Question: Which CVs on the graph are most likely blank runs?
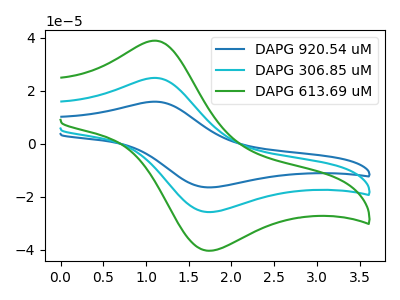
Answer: <think>The blue curve "DAPG 920.54 uM" has an anodic peak at (1.10V, 49.70uA) and a cathodic peak at (1.75V, -51.55uA). The cyan curve "DAPG 306.85 uM" has an anodic peak at (1.10V, 24.85uA) and a cathodic peak at (1.75V, -25.80uA). The green curve "DAPG 613.69 uM" has an anodic peak at (1.10V, 38.90uA) and a cathodic peak at (1.75V, -40.35uA).</think>
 <answer>There are not any CV's on this graph that are likely to be blanks.</answer>
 <eval>none</eval>